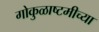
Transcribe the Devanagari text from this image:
गोकुळाष्टमीच्या